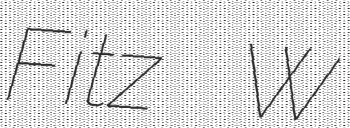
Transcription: Fitz W